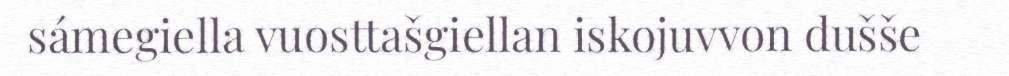
sámegiella vuosttašgiellan iskojuvvon dušše